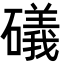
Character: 礒